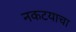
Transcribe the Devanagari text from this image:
नकटयाचा